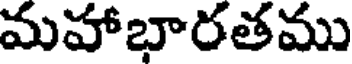
మహాభారతము